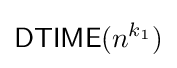
{\mathsf {DTIME}}(n^{k_{1}})